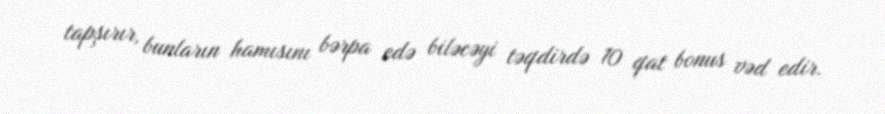
tapşırır, bunların hamısını bərpa edə biləcəyi təqdirdə 10 qat bonus vəd edir.